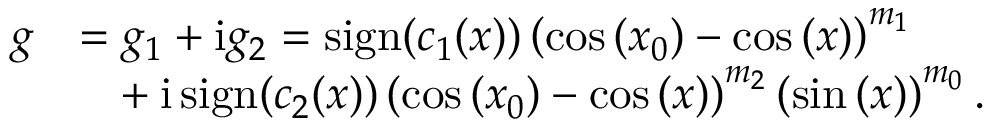
\begin{array} { r l } { g } & { = g _ { 1 } + \mathrm { i } g _ { 2 } = \operatorname { s i g n } ( c _ { 1 } ( x ) ) \left( \cos { ( x _ { 0 } ) } - \cos { ( x ) } \right) ^ { m _ { 1 } } } \\ & { \phantom { = } + \mathrm { i } \operatorname { s i g n } ( c _ { 2 } ( x ) ) \left( \cos { ( x _ { 0 } ) } - \cos { ( x ) } \right) ^ { m _ { 2 } } \left( \sin { ( x ) } \right) ^ { m _ { 0 } } . } \end{array}